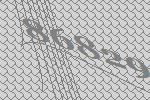
86829